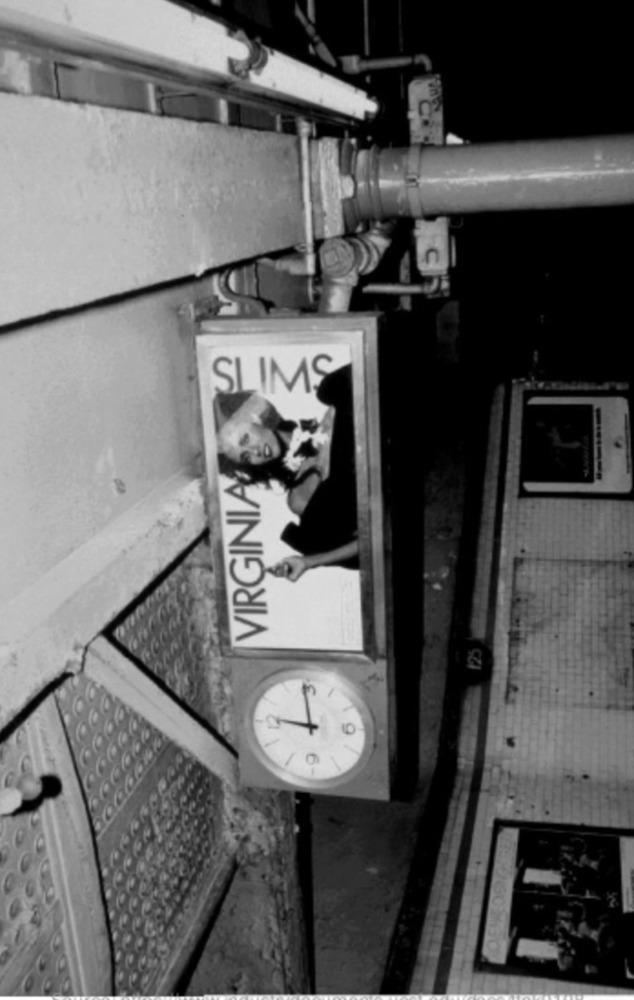
SLIMS
VIRGINIA®
125
6-